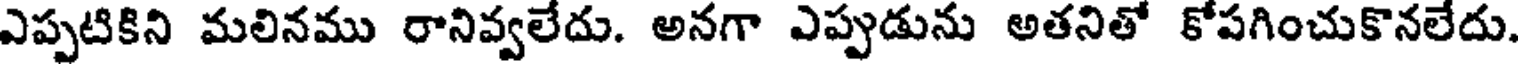
ఎప్పటికిని మలినము రానివ్వలేదు. అనగా ఎప్పుడును అతనితో కోపగించుకొనలేదు.